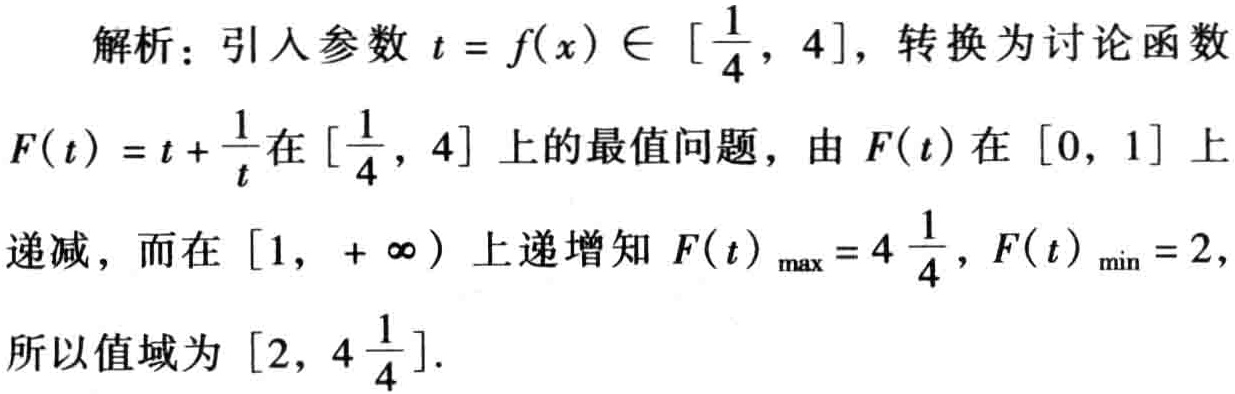
解析：引入参数\(t = f(x) \in [\frac{1}{4}, 4]\)，转换为讨论函数
\(F(t)=t+\frac{1}{t}\)在\([\frac{1}{4}, 4]\)上的最值问题，由\(F(t)\)在\([0, 1]\)上
递减，而在\([1, +\infty)\)上递增知\(F(t)_{\max}=4\frac{1}{4}\)，\(F(t)_{\min}=2\)，
所以值域为\([2, 4\frac{1}{4}]\).